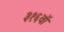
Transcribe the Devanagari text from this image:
३१६वॉ